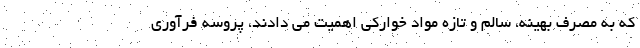
که به مصرف بهینه، سالم و تازه مواد خوارکی اهمیت می دادند، پروسه فرآوری